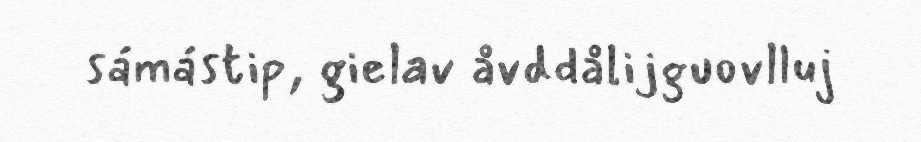
sámástip, gielav åvddålijguovlluj